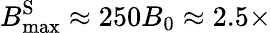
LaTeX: {B}_{\mathrm{max}}^{\mathrm{S}}\approx 250B_{0}\approx 2.5\times